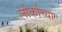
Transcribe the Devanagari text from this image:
लोर्काच्या